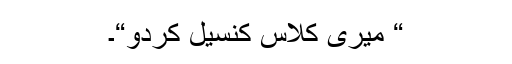
“ میری کلاس کنسیل کردو“۔